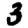
Digit: 3